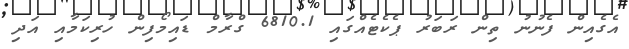
އެގެއިން ފެނުނު ތިން ރަބަރު ޕެކެޓެއްގައި 6810.1 ގްރާމް ޑައިމޯފިން ހުރިކަމާއި އަދި